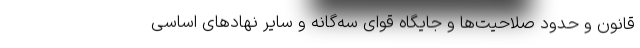
قانون و حدود صلاحیت‌ها و جایگاه قوای سه‌گانه و سایر نهادهای اساسی